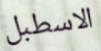
الاسطبل